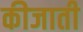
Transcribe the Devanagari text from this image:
कीजाती